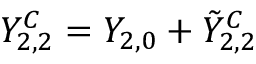
Y _ { 2 , 2 } ^ { C } = Y _ { 2 , 0 } + \Tilde { Y } _ { 2 , 2 } ^ { C }